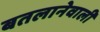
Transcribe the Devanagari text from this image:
बतलानेवाली